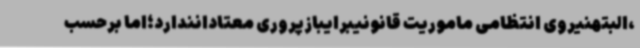
،البتهنیروی انتظامی ماموریت قانونیبرایبازپروری معتادانندارد؛اما برحسب